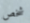
شخص